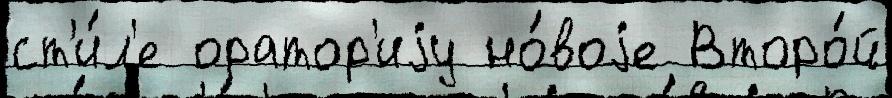
ст'и́л'е оратор'иjу но́воjе Второ́й